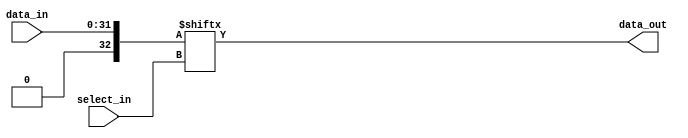
module mux
    #(parameter NUM_INPUTS = 32, parameter NUM_OUTPUTS = 1)
    (
    input [(NUM_INPUTS-1):0] data_in,
    input [$clog2(NUM_INPUTS)-1:0]  select_in,
    output data_out
    );
reg [NUM_INPUTS:0] D;
always @ (D, data_in)
    begin
        D <= data_in;
    end
assign data_out = D[select_in];

endmodule